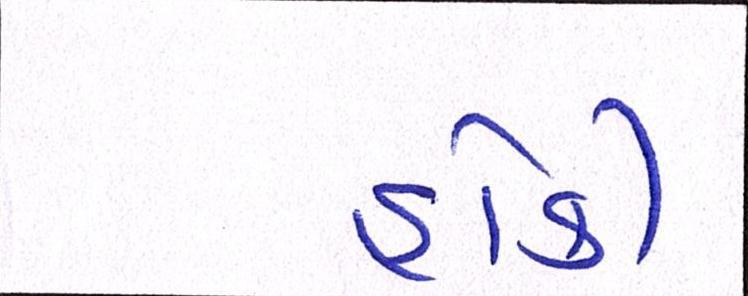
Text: હોકી